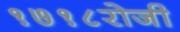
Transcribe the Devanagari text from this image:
१७१८रोजी